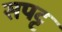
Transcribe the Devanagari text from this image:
सपट्ट